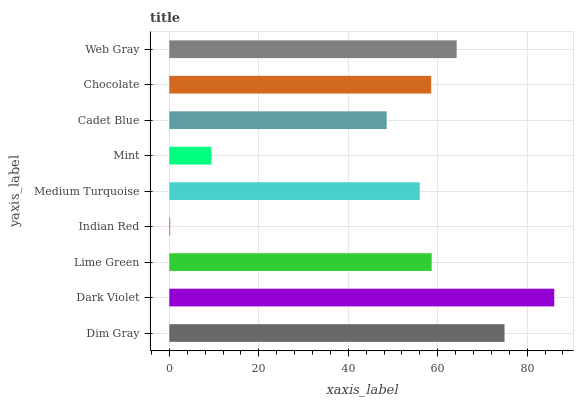
| yaxis_label | bars |
 | --- | --- |
 | Dim Gray | 74.9 |
 | Dark Violet | 86 |
 | Lime Green | 58.6 |
 | Indian Red | 0.2 |
 | Medium Turquoise | 56 |
 | Mint | 9.41 |
 | Cadet Blue | 48.6 |
 | Chocolate | 58.5 |
 | Web Gray | 64.2 |